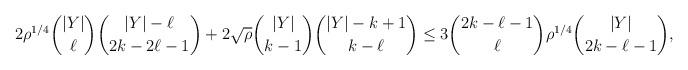
LaTeX: \begin{align*}2\rho^{1/4}\binom{|Y|}{\ell} \binom{|Y|-\ell}{2k-2\ell-1} + 2\sqrt{\rho} \binom{|Y|}{k-1} \binom{ |Y|-k+1 }{k- \ell} \le 3\binom{2k-\ell-1}{\ell}\rho^{1/4} \binom{|Y|}{2k-\ell-1},\end{align*}